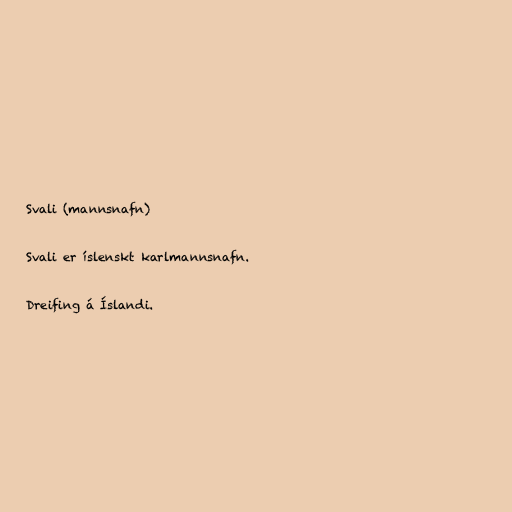
Svali (mannsnafn)

Svali er íslenskt karlmannsnafn.

Dreifing á Íslandi.